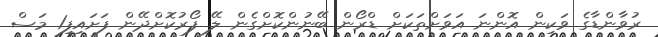
ރުވާންޑާގެ ވަކިން އޮންނަ އަވަށްތަކަށް ޑްރޯން ބޭނުންކޮށްގެން ލޭ ފޯރުކޮށްދޭން ފަށައިފި1 މަސް